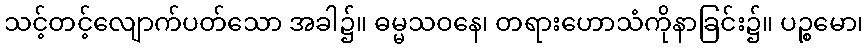
သင့်တင့်လျောက်ပတ်သော အခါ၌။ ဓမ္မသဝနေ၊ တရားဟောသံကိုနာခြင်း၌။ ပဉ္စမော၊